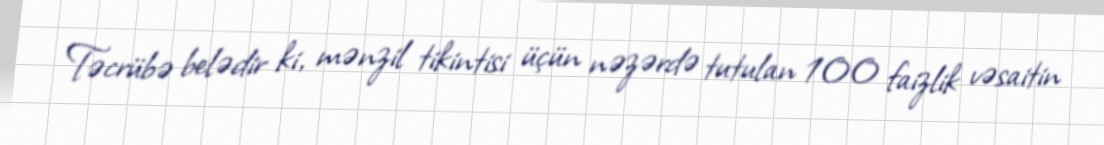
Təcrübə belədir ki, mənzil tikintisi üçün nəzərdə tutulan 100 faizlik vəsaitin